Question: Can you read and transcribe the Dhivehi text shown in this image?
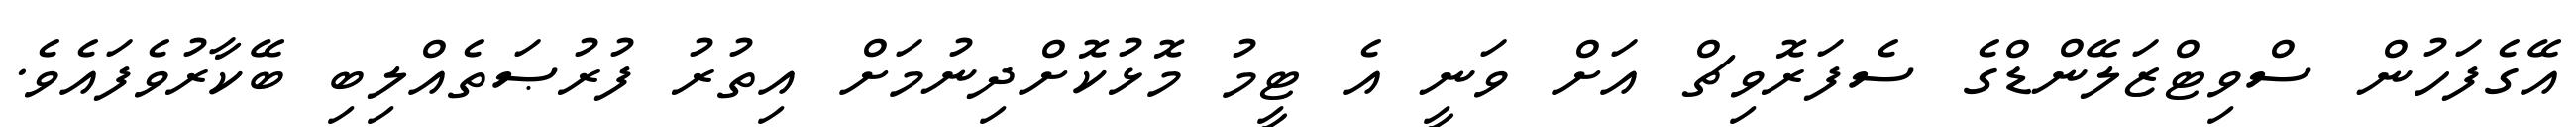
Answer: އޭގެފަހުން ސްވިޓްޒަލޭންޑްގެ ސެފަރޮވިޗް އަށް ވަނީ އެ ޓީމު މޮޅުކޮށްދިނުމަށް އިތުރު ފުރުޞަތެއްލިބި ބޭކާރުވެފައެވެ.